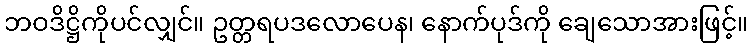
ဘဝဒိဋ္ဌိကိုပင်လျှင်။ ဥတ္တရပဒလောပေန၊ နောက်ပုဒ်ကို ချေသောအားဖြင့်။